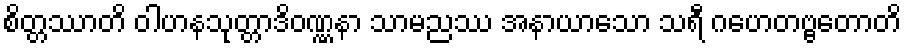
စိတ္တဿာတိ ဝါဟနသုတ္တာဒိဝဏ္ဏနာ သာမညဿ အနာယာသော သရီ ဂဟေတဗ္ဗတောတိ